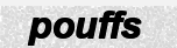
pouffs